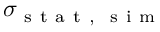
\sigma _ { \mathrm { ~ s ~ t ~ a ~ t ~ , ~ \mathrm { ~ s ~ i ~ m ~ } ~ } }